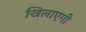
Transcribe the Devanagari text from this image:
खिलाएगी